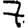
Digit: 7